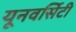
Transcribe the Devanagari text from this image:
यूनवर्सिटी